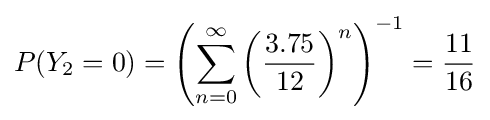
P(Y_{2}=0)=\left(\sum _{n=0}^{\infty }\left({\frac {3.75}{12}}\right)^{n}\right)^{-1}={\frac {11}{16}}